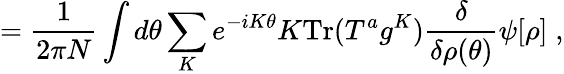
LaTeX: =\frac{1}{2\pi N}\int d\theta\sum_{K}e^{-iK\theta}K\mathrm{Tr}(T^{a}g^{K})\frac{\delta}{\delta\rho(\theta)}\psi[\rho]\; ,